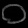
Digit: ၀